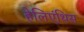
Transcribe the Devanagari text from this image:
हेलिएंथिस